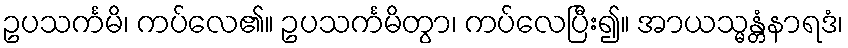
ဥပသင်္ကမိ၊ ကပ်လေ၏။ ဥပသင်္ကမိတွာ၊ ကပ်လေပြီး၍။ အာယသ္မန္တံနာရဒံ၊